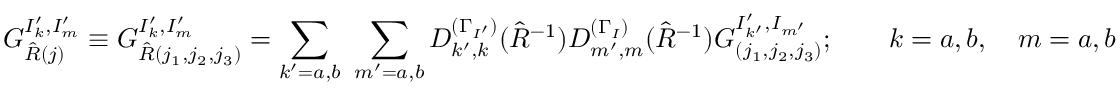
G _ { \hat { R } ( j ) } ^ { I _ { k } ^ { \prime } , I _ { m } ^ { \prime } } \equiv G _ { \hat { R } ( j _ { 1 } , j _ { 2 } , j _ { 3 } ) } ^ { I _ { k } ^ { \prime } , I _ { m } ^ { \prime } } = \sum _ { k ^ { \prime } = a , b } ~ \sum _ { m ^ { \prime } = a , b } D _ { k ^ { \prime } , k } ^ { ( \Gamma _ { I ^ { \prime } } ) } ( \hat { R } ^ { - 1 } ) D _ { m ^ { \prime } , m } ^ { ( \Gamma _ { I } ) } ( \hat { R } ^ { - 1 } ) G _ { ( j _ { 1 } , j _ { 2 } , j _ { 3 } ) } ^ { I _ { k ^ { \prime } } ^ { \prime } , I _ { m ^ { \prime } } } ; \qquad k = a , b , \quad m = a , b